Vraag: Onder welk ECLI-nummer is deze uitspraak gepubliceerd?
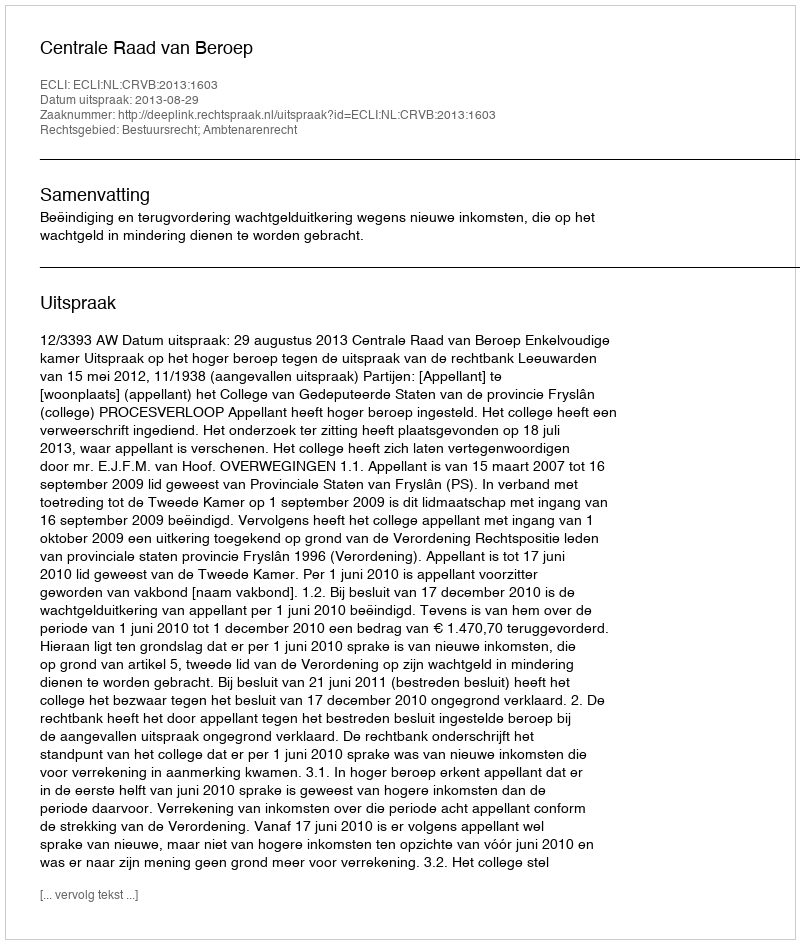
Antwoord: ECLI:NL:CRVB:2013:1603